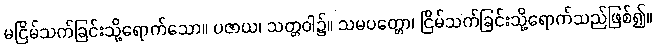
မငြိမ်သက်ခြင်းသို့ရောက်သော။ ပဇာယ၊ သတ္တဝါ၌။ သမပတ္တော၊ ငြိမ်သက်ခြင်းသို့ရောက်သည်ဖြစ်၍။